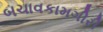
બચાવકામગીરી